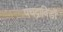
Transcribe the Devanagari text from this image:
पंचद्राविड़ों